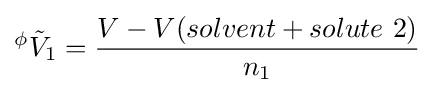
{}^{\phi }{\tilde {V}}_{1}={\frac {V-V(solvent+solute\ 2)}{n_{1}}}